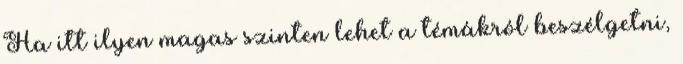
Ha itt ilyen magas szinten lehet a témákról beszélgetni,